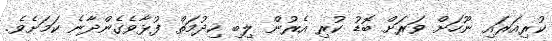
ކުރިއަރައި ނޫހަށް ވަރަށް ބޮޑު ކުރި އެރުން ލިބި ހިދުމަތް ފުޅާވެގެންދާނެ ކަމަށެވެ.